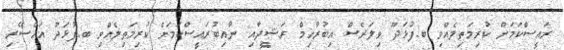
ރައީސްކަމަށް ކުރިމަތިލެއްވި ބ.ފުޅަދޫ ވިލަރެސް އިބުރާހިމް ރަޝީދާއި ނާއިބުރައީސްކަމަށް ކުރިމަތިލެއްވި ބ.ފުޅަދޫ އައްސޭރި